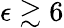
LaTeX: \epsilon\gtrsim 6